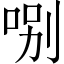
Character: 哵